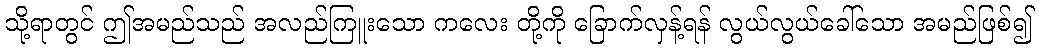
သို့ရာတွင် ဤအမည်သည် အလည်ကြူးသော ကလေး တို့ကို ခြောက်လှန့်ရန် လွယ်လွယ်ခေါ်သော အမည်ဖြစ်၍